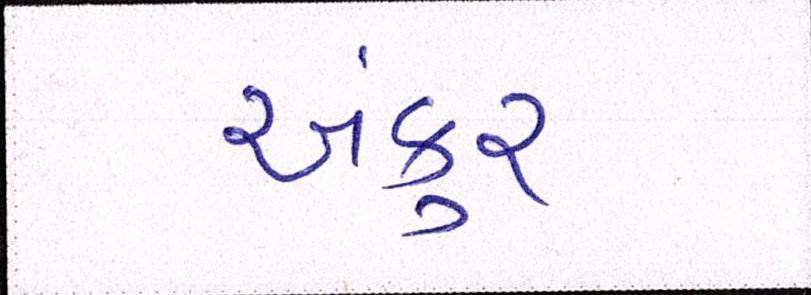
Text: અંકુર